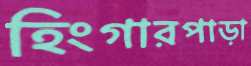
হিংগারপাড়া